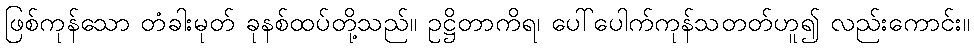
ဖြစ်ကုန်သော တံခါးမုတ် ခုနစ်ထပ်တို့သည်။ ဥဋ္ဌိတာကိရ၊ ပေါ်ပေါက်ကုန်သတတ်ဟူ၍ လည်းကောင်း။